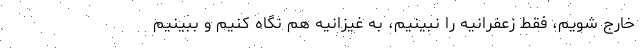
خارج شویم، فقط زعفرانیه را نبینیم، به غیزانیه هم نگاه کنیم و ببینیم